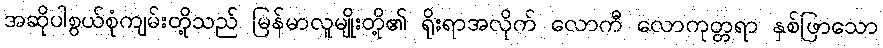
အဆိုပါစွယ်စုံကျမ်းတို့သည် မြန်မာလူမျိုးတို့၏ ရိုးရာအလိုက် လောကီ လောကုတ္တရာ နှစ်ဖြာသော